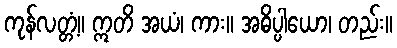
ကုန်လတ္တံ့။ ဣတိ အယံ၊ ကား။ အဓိပ္ပါယော၊ တည်း။